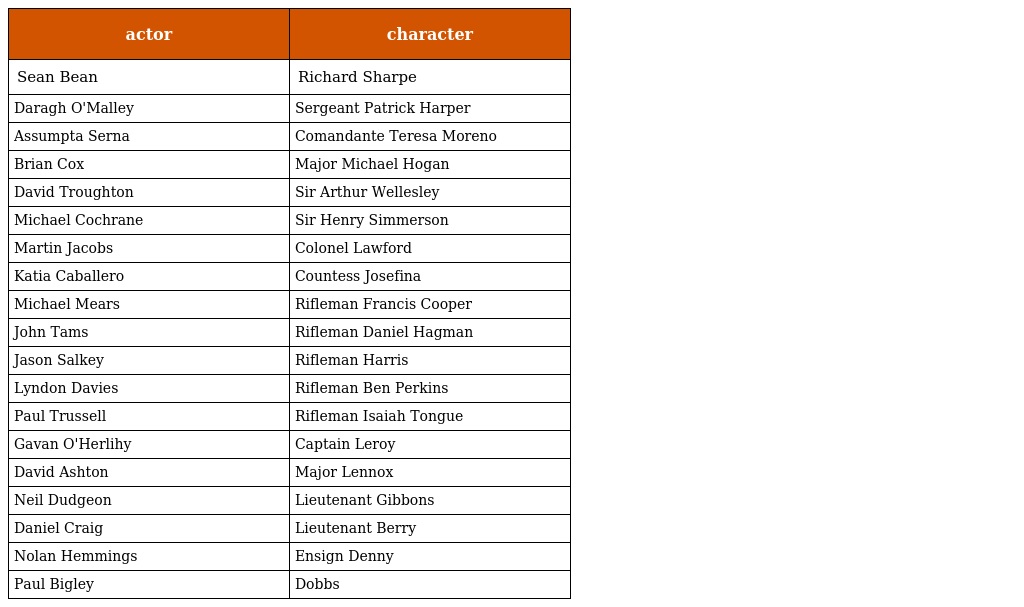
| actor | character |
 | --- | --- |
 | Sean Bean | Richard Sharpe |
 | Daragh O'Malley | Sergeant Patrick Harper |
 | Assumpta Serna | Comandante Teresa Moreno |
 | Brian Cox | Major Michael Hogan |
 | David Troughton | Sir Arthur Wellesley |
 | Michael Cochrane | Sir Henry Simmerson |
 | Martin Jacobs | Colonel Lawford |
 | Katia Caballero | Countess Josefina |
 | Michael Mears | Rifleman Francis Cooper |
 | John Tams | Rifleman Daniel Hagman |
 | Jason Salkey | Rifleman Harris |
 | Lyndon Davies | Rifleman Ben Perkins |
 | Paul Trussell | Rifleman Isaiah Tongue |
 | Gavan O'Herlihy | Captain Leroy |
 | David Ashton | Major Lennox |
 | Neil Dudgeon | Lieutenant Gibbons |
 | Daniel Craig | Lieutenant Berry |
 | Nolan Hemmings | Ensign Denny |
 | Paul Bigley | Dobbs |